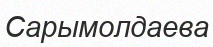
Сарымолдаева